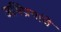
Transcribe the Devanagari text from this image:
अभिप्रायांचे